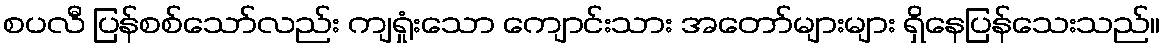
စပလီ ပြန်စစ်သော်လည်း ကျရှုံးသော ကျောင်းသား အတော်များများ ရှိနေပြန်သေးသည်။